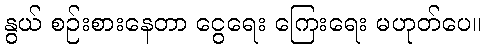
နွယ် စဉ်းစားနေတာ ငွေရေး ကြေးရေး မဟုတ်ပေ။